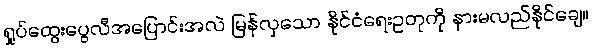
ရှုပ်ထွေးပွေလီအပြောင်းအလဲ မြန်လှသော နိုင်ငံရေးဥတုကို နားမလည်နိုင်ချေ။